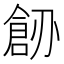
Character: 𠟐